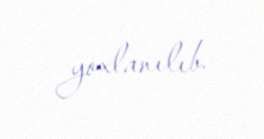
yoxlanılıb.